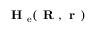
\textbf { H } _ { \mathrm { e } } ( \textbf { R } , \textbf { r } )